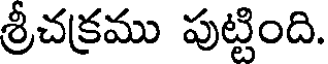
శ్రీచక్రము పుట్టింది.